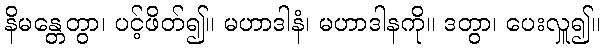
နိမန္တေတွာ၊ ပင့်ဖိတ်၍။ မဟာဒါနံ၊ မဟာဒါနကို။ ဒတွာ၊ ပေးလှူ၍။